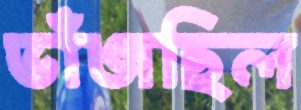
ভাঁজছিল